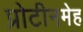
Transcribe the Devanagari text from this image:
प्रोटीनमेह